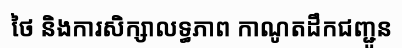
ថៃ និងការសិក្សាលទ្ធភាព កាណូតដឹកជញ្ជូន